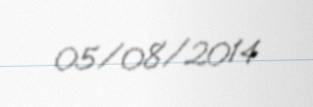
05/08/2014